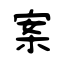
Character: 案